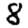
Digit: 8